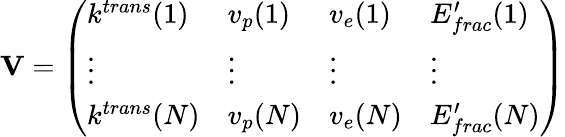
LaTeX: \mathbf{V}=\left(\begin{array}{llll}{k^{trans}(1)}&{v_{p}(1)}&{v_{e}(1)}&{E_{frac}^{\prime}(1)}\\ {\vdots}&{\vdots}&{\vdots}&{\vdots}\\ {k^{trans}(N)}&{v_{p}(N)}&{v_{e}(N)}&{E_{frac}^{\prime}(N)}\end{array}\right)